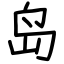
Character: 岛